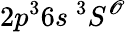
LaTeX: {2p^{3}6s~^{3}S^{\mathscr{O}}}